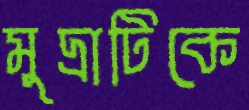
মুদ্রাটিকে